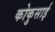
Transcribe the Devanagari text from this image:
कोकुसाई